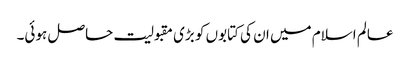
عالم اسلام میں ان کی کتابوں کو بڑی مقبولیت حاصل ہوئی۔